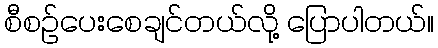
စီစဉ်ပေးစေချင်တယ်လို့ ပြောပါတယ်။